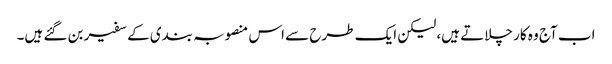
اب آج وہ کار چلاتے ہیں، لیکن ایک طرح سے اس منصوبہ بندی کے سفیر بن گئے ہیں۔